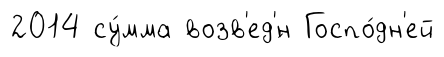
2014 су́мма возв'ед'́н Госпо́дн'ей